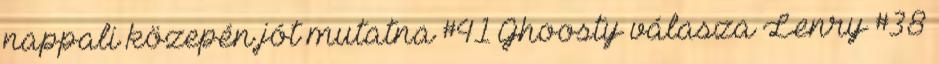
nappali közepén jót mutatna #41 Ghoosty válasza Lenry #38